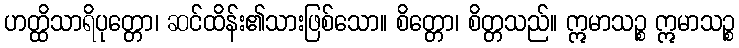
ဟတ္ထိသာရိပုတ္တော၊ ဆင်ထိန်း၏သားဖြစ်သော။ စိတ္တော၊ စိတ္တသည်။ ဣမာသဉ္စ ဣမာသဉ္စ